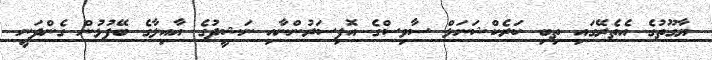
ޔާގޫތުގެ އެތެރޭގައި ތިބި ކަރެކްޝަނަލް ސާވިސްގެ އޮފިސަރުންނާއި ނަޝީދުގެ އާއިލާގެ ބޭފުޅުން ގެންދަނީ